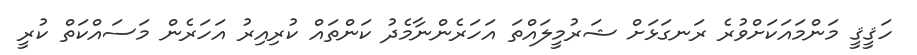
ހަޤީޤީ މަންމައަކަށްވުރެ ރަނގަޅަށް ޝަރުމީލައްތަ އަހަރެންނާމެދު ކަންތައް ކުރިއިރު އަހަރެން މަސައްކަތް ކުރީ